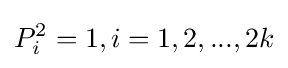
P_{i}^{2}=1,i=1,2,...,2k